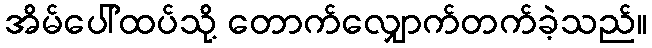
အိမ်ပေါ်ထပ်သို့ တောက်လျှောက်တက်ခဲ့သည်။